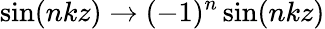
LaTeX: \sin(nkz)\to(-1)^{n}\sin(nkz)